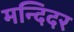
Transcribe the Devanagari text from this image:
मन्दिदर